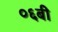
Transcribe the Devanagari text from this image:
०६बी